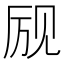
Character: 𲁔